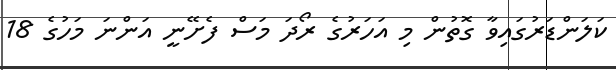
ކަލަންޑަރުގައިވާ ގޮތުން މި އަހަރުގެ ރޯދަ މަސް ފެށޭނީ އަންނަ މަހުގެ 18